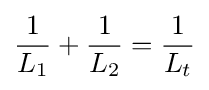
{\frac {1}{L_{1}}}+{\frac {1}{L_{2}}}={\frac {1}{L_{t}}}